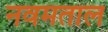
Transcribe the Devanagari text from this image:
नवमताल